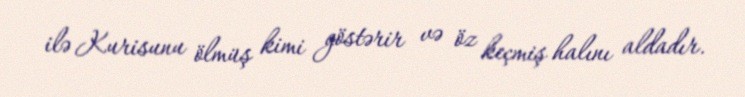
ilə Kurisunu ölmüş kimi göstərir və öz keçmiş halını aldadır.